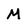
Character: M